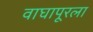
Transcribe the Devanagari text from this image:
वाघापूरला